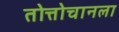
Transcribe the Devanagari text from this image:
तोत्तोचानला